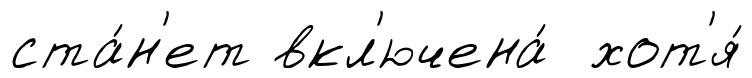
ста́н'ет вкл'ючена́ хот'я́